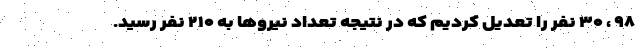
۹۸ ، ۳۰ نفر را تعدیل کردیم که در نتیجه تعداد نیروها به ۲۱۰ نفر رسید.